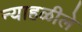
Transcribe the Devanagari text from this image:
न्याहळीले